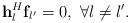
\begin{align*} {\bf{h}}_l^H{{\bf{f}}_{l'}} = 0,\ \forall l \ne l'. \end{align*}